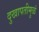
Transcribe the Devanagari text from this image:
दुखापतीमुळं